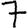
Digit: 7